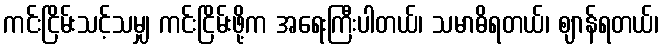
ကင်းငြိမ်းသင့်သမျှ ကင်းငြိမ်းဖို့က အရေးကြီးပါတယ်၊ သမာဓိရတယ်၊ ဈာန်ရတယ်၊